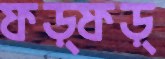
ফড়্‌ফড়্‌